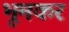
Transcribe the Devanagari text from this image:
भूमकर